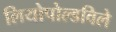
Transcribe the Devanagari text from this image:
लियोपोल्डविले